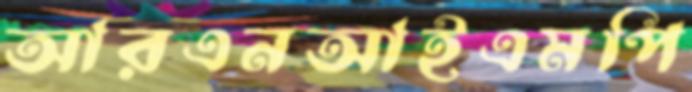
আরএনআইএমপি